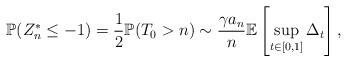
LaTeX: \begin{align*}\mathbb P(Z_n^*\le -1)=\frac 12 \mathbb P(T_0>n)\sim \frac {\gamma a_n} {n}\mathbb E\left[\sup_{t\in[0,1]}\Delta_t\right],\end{align*}